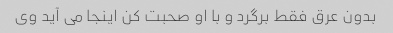
بدون عرق فقط برگرد و با او صحبت کن اینجا می آید وی